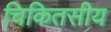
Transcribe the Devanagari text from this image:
चिकितसीय